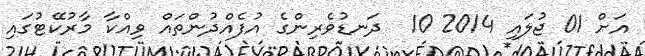
އަށް 01 ޖުލައި 2014 10  ދަނޑުވެރިންގެ އުފެއްދުންތައް ވިއްކާ މާރުކޭޓުގައި